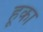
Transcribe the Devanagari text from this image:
हूका